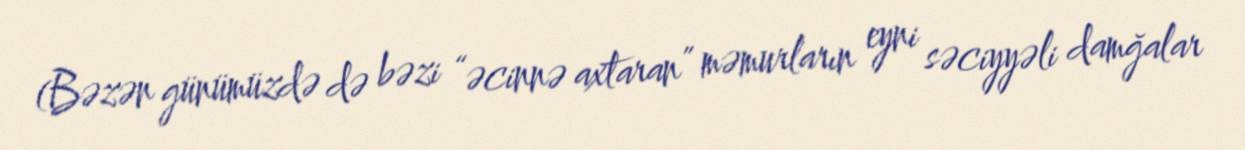
(Bəzən günümüzdə də bəzi “əcinnə axtaran” məmurların eyni səciyyəli damğalar